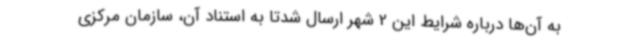
به آن‌ها درباره شرایط این 2 شهر ارسال شدتا به استناد آن، سازمان مرکزی